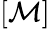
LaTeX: [\mathcal{M}]